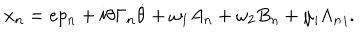
\dot { x } _ { n } = e p _ { n } + i \theta \Gamma _ { n } \dot { \theta } + \omega _ { 1 } A _ { n } + \omega _ { 2 } B _ { n } + \mu _ { i } { \Lambda _ { n } } _ { i } .